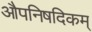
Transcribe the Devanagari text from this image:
औपनिषदिकम्